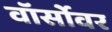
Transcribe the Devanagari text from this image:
वॉर्सोवर